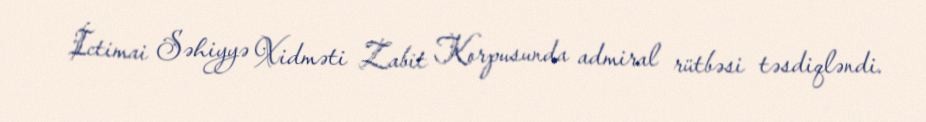
İctimai Səhiyyə Xidməti Zabit Korpusunda admiral rütbəsi təsdiqləndi.